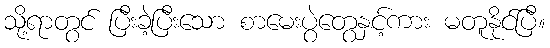
သို့ရာတွင် ပြီးခဲ့ပြီးသော စာမေးပွဲတွေနှင့်ကား မတူနိုင်ပြီ။